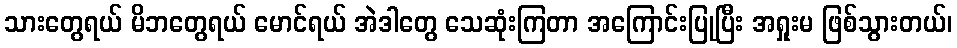
သားတွေရယ် မိဘတွေရယ် မောင်ရယ် အဲဒါတွေ သေဆုံးကြတာ အကြောင်းပြုပြီး အရှုးမ ဖြစ်သွားတယ်၊